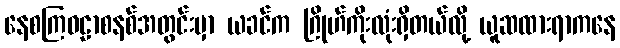
နေစကြဝဠာစနစ်အတွင်းမှာ ယခင်က ဂြိုဟ်ကိုးလုံးရှိတယ်လို့ ယူဆထားရာကနေ